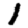
Digit: 1